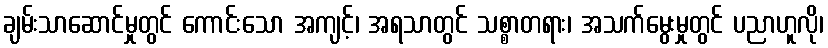
ချမ်းသာဆောင်မှုတွင် ကောင်းသော အကျင့်၊ အရသာတွင် သစ္စာတရား၊ အသက်မွေးမှုတွင် ပညာဟူလို၊